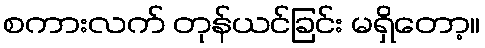
စကားလက် တုန်ယင်ခြင်း မရှိတော့။